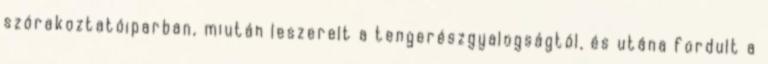
szórakoztatóiparban, miután leszerelt a tengerészgyalogságtól, és utána fordult a